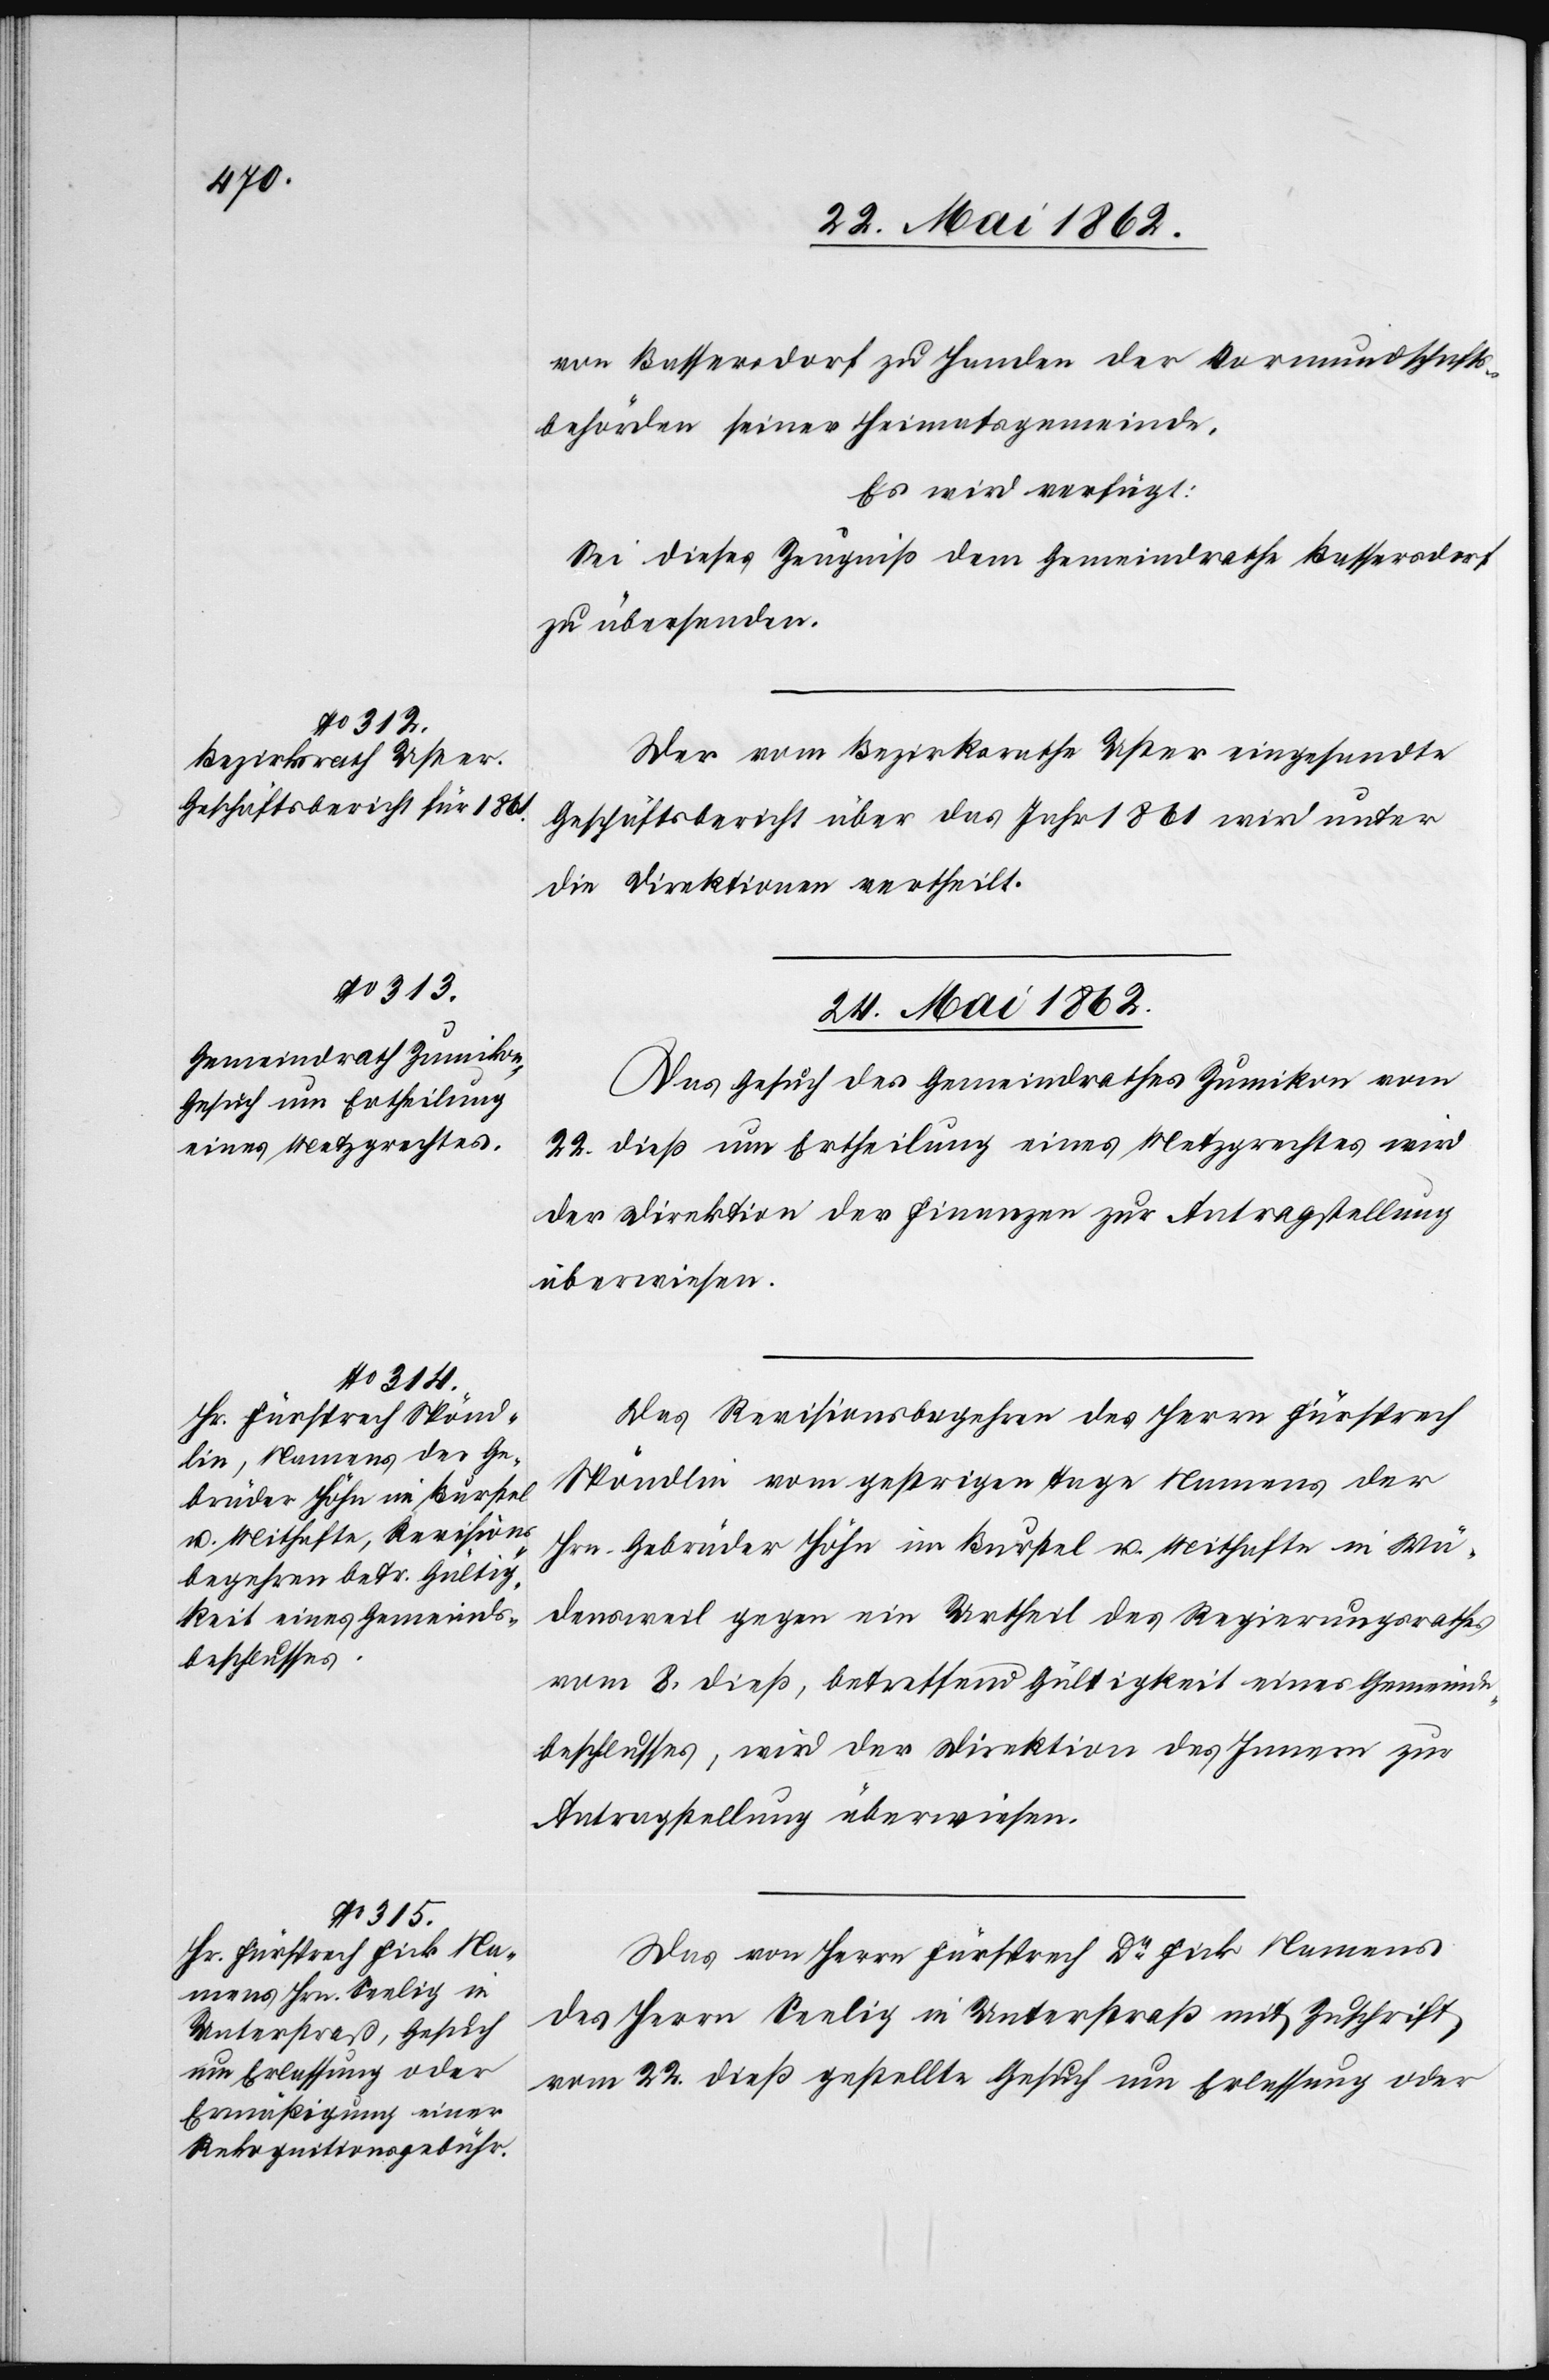
23. Mai 1862.]
von Bassersdorf zu Handen der Vormundschafts¬
behörden seiner Heimatsgemeinde.
Es wird verfügt:
Sei dieses Zeugniß dem Gemeindrathe Bassersdorf
zu übersenden.
Der vom Bezirksrathe Uster eingesandte
Geschäftsbericht über das Jahr 1861 wird unter
die Direktionen vertheilt.
24. Mai 1862.]
Das Gesuch des Gemeindrathes Zumikon vom
22. dieß um Ertheilung eines Metzgrechtes wird
der Direktion der Finanzen zur Antragstellung
überwiesen.
Das Revisionsbegehren des Herrn Fürsprech
Spöndlin vom gestrigen Tage Namens der
Hrn. Gebrüder Höhn im Burstel u. Mithafte in Wä¬
densweil gegen ein Urheil des Regierungsrathes
vom 8. dieß, betreffend Gültigkeit eines Gemeinde¬
beschlusses, wird der Direktion des Innern zur
Antragstellung überwiesen.
Das von Herrn Fürsprech Dr. Fick Namens
des Herrn Seelig in Unterstraß mit Zuschrift
vom 22. dieß gestellte Gesuch um Erlassung oder